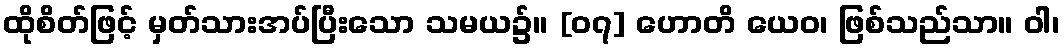
ထိုစိတ်ဖြင့် မှတ်သားအပ်ပြီးသော သမယ၌။ [၀၇] ဟောတိ ယေဝ၊ ဖြစ်သည်သာ။ ဝါ၊